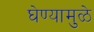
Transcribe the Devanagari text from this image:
घेण्यामुळे